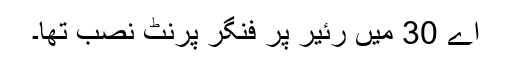
اے 30 میں رئیر پر فنگر پرنٹ نصب تھا۔